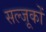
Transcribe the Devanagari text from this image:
सल्जूकों